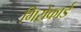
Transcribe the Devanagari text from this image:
गिरोकार्ड